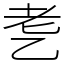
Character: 㐗